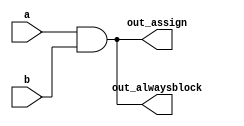
// alwaysassign
/*
always
    always @(*)  -- 
    always @(postedge clk)  -- 

*/
// alwaysassign
//      alwaysassign 


// synthesis verilog_input_version verilog_2001
module top_module(
    input a, 
    input b,
    output wire out_assign,
    output reg out_alwaysblock
);

    assign out_assign = a & b;

    always @(*)
        out_alwaysblock = a & b;

endmodule